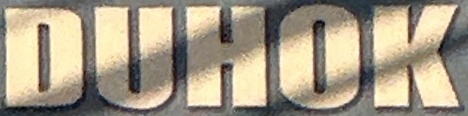
DUHOK